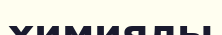
химиялы